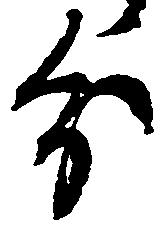
分